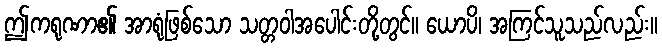
ဤကရုဏာ၏ အာရုံဖြစ်သော သတ္တဝါအပေါင်းတို့တွင်။ ယောပိ၊ အကြင်သူသည်လည်း။